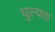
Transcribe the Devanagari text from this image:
घुल्यता